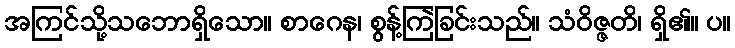
အကြင်သို့သဘောရှိသော။ စာဂေန၊ စွန့်ကြဲခြင်းသည်။ သံဝိဇ္ဇတိ၊ ရှိ၏။ ပ။